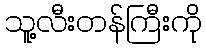
သူ့လီးတန်ကြီးကို